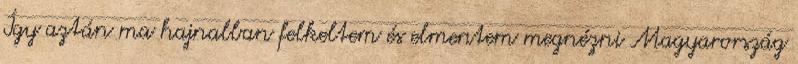
Így aztán ma hajnalban felkeltem és elmentem megnézni Magyarország